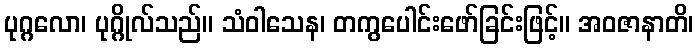
ပုဂ္ဂလော၊ ပုဂ္ဂိုလ်သည်။ သံဝါသေန၊ တကွပေါင်းဖော်ခြင်းဖြင့်။ အဝဇာနာတိ၊